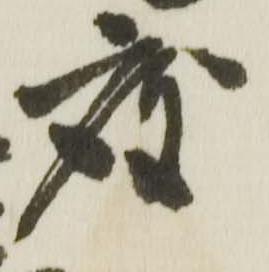
度